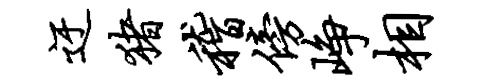
迂猪稽傍峥相